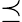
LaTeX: \preceq